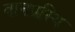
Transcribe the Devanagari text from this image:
वानप्रस्थि